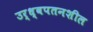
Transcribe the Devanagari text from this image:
उर्ध्वपतनशील